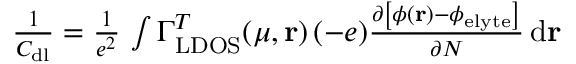
\begin{array} { r } { \frac { 1 } { C _ { \mathrm { d l } } } = \frac { 1 } { e ^ { 2 } } \, \int \Gamma _ { \mathrm { L D O S } } ^ { T } ( \mu , \mathbf { r } ) \, ( - e ) \frac { \partial \left[ \phi ( \mathbf { r } ) - \phi _ { \mathrm { e l y t e } } \right] } { \partial N } \, \mathrm { d } \mathbf { r } } \end{array}